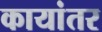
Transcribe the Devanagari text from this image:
कायांतर